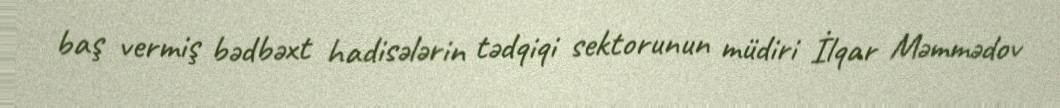
baş vermiş bədbəxt hadisələrin tədqiqi sektorunun müdiri İlqar Məmmədov